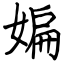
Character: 媥